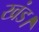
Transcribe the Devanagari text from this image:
खंड।